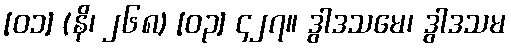
[၀၁] (နိ၊ ၂၆၈) [၀၃] ၄၂၇။ ဒွါဒသမေ၊ ဒွါဒသမ